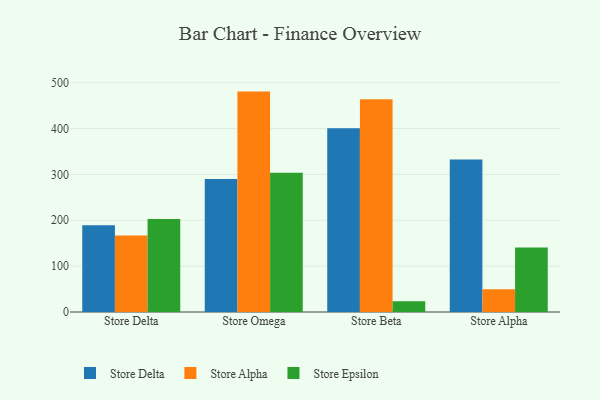
{"axis": {"x": "Store", "y": "Active Users"}, "legend": ["Store Alpha", "Store Delta", "Store Epsilon"], "data": [{"x": "Store Delta", "y": 189.0, "type": "Store Delta"}, {"x": "Store Delta", "y": 167.0, "type": "Store Alpha"}, {"x": "Store Delta", "y": 202.8, "type": "Store Epsilon"}, {"x": "Store Omega", "y": 289.9, "type": "Store Delta"}, {"x": "Store Omega", "y": 480.6, "type": "Store Alpha"}, {"x": "Store Omega", "y": 303.4, "type": "Store Epsilon"}, {"x": "Store Beta", "y": 400.7, "type": "Store Delta"}, {"x": "Store Beta", "y": 464.0, "type": "Store Alpha"}, {"x": "Store Beta", "y": 23.6, "type": "Store Epsilon"}, {"x": "Store Alpha", "y": 332.8, "type": "Store Delta"}, {"x": "Store Alpha", "y": 49.7, "type": "Store Alpha"}, {"x": "Store Alpha", "y": 140.9, "type": "Store Epsilon"}]}